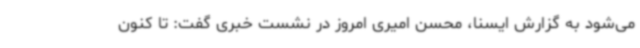
می‌شود به گزارش ایسنا، محسن امیری امروز در نشست خبری گفت: تا کنون